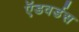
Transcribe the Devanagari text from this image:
ऍडवर्डस